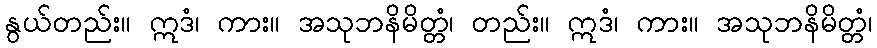
နွယ်တည်း။ ဣဒံ၊ ကား။ အသုဘနိမိတ္တံ၊ တည်း။ ဣဒံ၊ ကား။ အသုဘနိမိတ္တံ၊